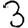
Digit: 3